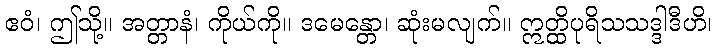
ဧဝံ၊ ဤသို့။ အတ္တာနံ၊ ကိုယ်ကို။ ဒမေန္တော၊ ဆုံးမလျက်။ ဣတ္ထိပုရိသသဒ္ဒါဒီဟိ၊